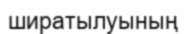
ширатылуының